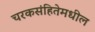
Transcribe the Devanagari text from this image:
चरकसंहितेमधील